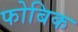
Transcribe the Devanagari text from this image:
फोबिक